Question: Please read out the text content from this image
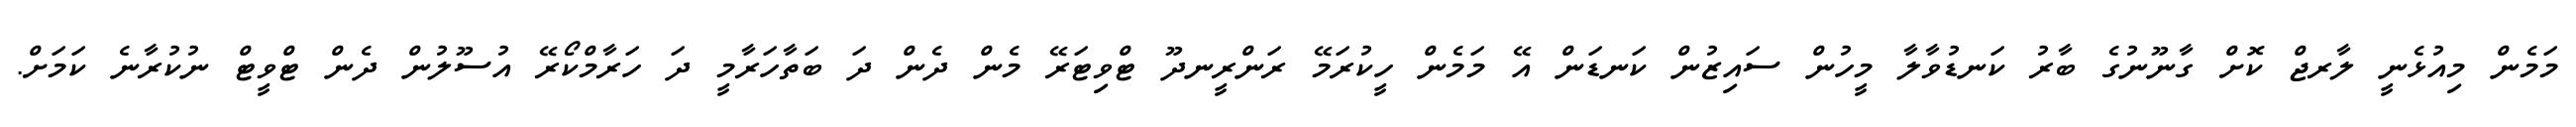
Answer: މަމެން މިއުޅެނީ ލާރޖް ކޮށް ގާނޫނުގެ ބާރު ކަނޑުވާލާ މީހުން ސައިޒުން ކަނޑަން އޭ މަމެން ހީކުރަމޭ ރަންރީނދޫ ޓްވިޓަރޭ މެން ދެން ދަ ބަތާހަރާމީ ދަ ހަރާމްކޯރޭ އުސޫލުން ދެން ޓްވީޓް ނުކުރާނެ ކަމަށް.